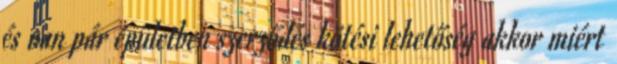
és van pár épületben szerződés kötési lehetőség akkor miért